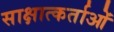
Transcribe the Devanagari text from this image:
साक्षात्कर्ताओं